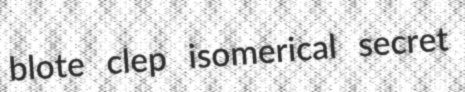
blote clep isomerical secret